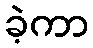
ခဲ့ကာ